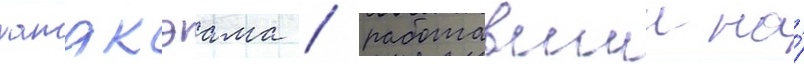
хатакэама / работавшии на́